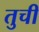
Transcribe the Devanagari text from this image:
तुची